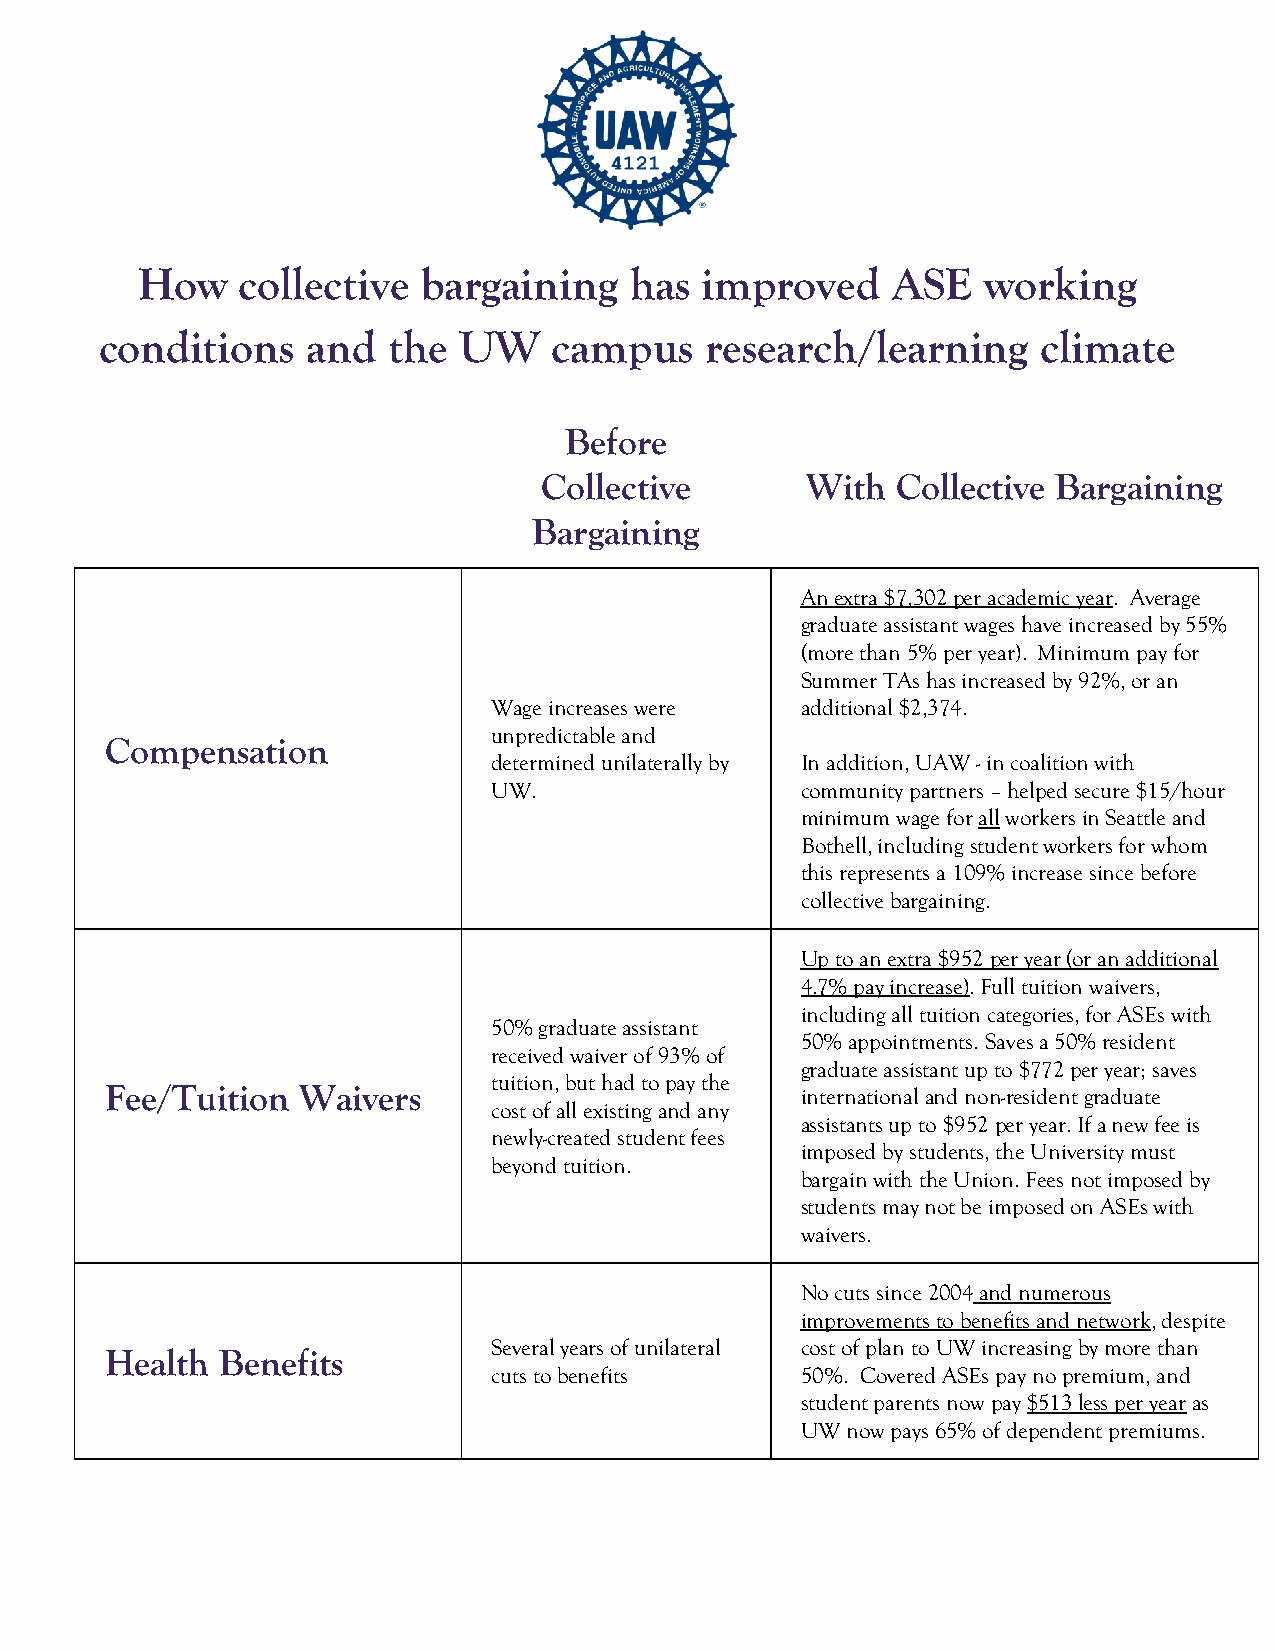
How    collective  bargaining    has improved     ASE   working
 conditions   and   the UW     campus    research/learning     climate
 Before
 Collective       With  Collective Bargaining
 Bargaining
 An extra $7,302 per academic year. Average
 graduate assistant wages have increased by 55%
 (more than 5% per year). Minimum pay for
 Summer TAs has increased by 92%, or an
 Wage increases were additional $2,374.
 unpredictable and
 Compensation
 determined unilaterally by In addition, UAW - in coalition with
 UW.                 community partners – helped secure $15/hour
 minimum wage for all workers in Seattle and
 Bothell, including student workers for whom
 this represents a 109% increase since before
 collective bargaining.
 Up to an extra $952 per year (or an additional
 4.7% pay increase). Full tuition waivers,
 including all tuition categories, for ASEs with
 50% graduate assistant
 50% appointments. Saves a 50% resident
 received waiver of 93% of
 graduate assistant up to $772 per year; saves
 tuition, but had to pay the
 Fee/Tuition  Waivers                          international and non-resident graduate
 cost of all existing and any
 assistants up to $952 per year. If a new fee is
 newly-created student fees
 imposed by students, the University must
 beyond tuition.
 bargain with the Union. Fees not imposed by
 students may not be imposed on ASEs with
 waivers.
 No cuts since 2004 and numerous
 improvements to benefits and network, despite
 Several years of unilateral cost of plan to UW increasing by more than
 Health Benefits
 cuts to benefits    50%. Covered ASEs pay no premium, and
 student parents now pay $513 less per year as
 UW now pays 65% of dependent premiums.